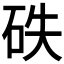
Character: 𥑇